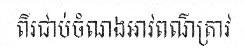
ពីរជាប់ចំណងអាវពណ៌ត្រាវ